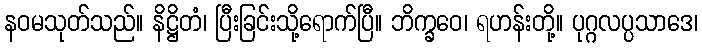
နဝမသုတ်သည်။ နိဋ္ဌိတံ၊ ပြီးခြင်းသို့ရောက်ပြီ။ ဘိက္ခဝေ၊ ရဟန်းတို့။ ပုဂ္ဂလပ္ပသာဒေ၊